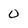
Character: 0